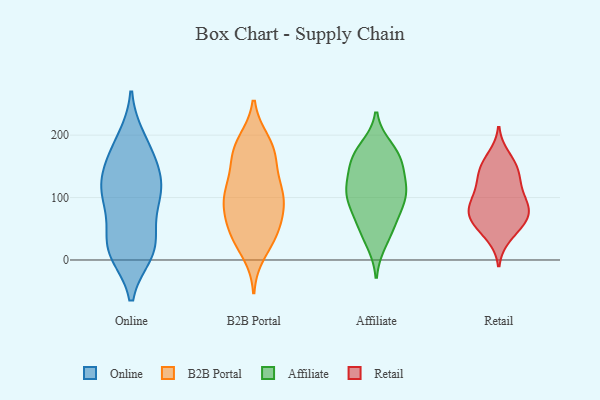
{"axis": {"x": "Gross Profit (USD K)", "y": "Value"}, "legend": ["Affiliate", "B2B Portal", "Online", "Retail"], "data": [{"x": "", "y": 14, "type": "Online"}, {"x": "", "y": 11, "type": "Online"}, {"x": "", "y": 13, "type": "Online"}, {"x": "", "y": 194, "type": "Online"}, {"x": "", "y": 187, "type": "Online"}, {"x": "", "y": 39, "type": "Online"}, {"x": "", "y": 104, "type": "Online"}, {"x": "", "y": 115, "type": "Online"}, {"x": "", "y": 16, "type": "Online"}, {"x": "", "y": 95, "type": "Online"}, {"x": "", "y": 152, "type": "Online"}, {"x": "", "y": 35, "type": "Online"}, {"x": "", "y": 131, "type": "Online"}, {"x": "", "y": 165, "type": "Online"}, {"x": "", "y": 89, "type": "Online"}, {"x": "", "y": 138, "type": "Online"}, {"x": "", "y": 106, "type": "Online"}, {"x": "", "y": 43, "type": "B2B Portal"}, {"x": "", "y": 93, "type": "B2B Portal"}, {"x": "", "y": 115, "type": "B2B Portal"}, {"x": "", "y": 172, "type": "B2B Portal"}, {"x": "", "y": 154, "type": "B2B Portal"}, {"x": "", "y": 40, "type": "B2B Portal"}, {"x": "", "y": 65, "type": "B2B Portal"}, {"x": "", "y": 106, "type": "B2B Portal"}, {"x": "", "y": 12, "type": "B2B Portal"}, {"x": "", "y": 46, "type": "B2B Portal"}, {"x": "", "y": 106, "type": "B2B Portal"}, {"x": "", "y": 104, "type": "B2B Portal"}, {"x": "", "y": 176, "type": "B2B Portal"}, {"x": "", "y": 98, "type": "B2B Portal"}, {"x": "", "y": 154, "type": "B2B Portal"}, {"x": "", "y": 190, "type": "B2B Portal"}, {"x": "", "y": 38, "type": "B2B Portal"}, {"x": "", "y": 187, "type": "B2B Portal"}, {"x": "", "y": 81, "type": "B2B Portal"}, {"x": "", "y": 169, "type": "Affiliate"}, {"x": "", "y": 108, "type": "Affiliate"}, {"x": "", "y": 111, "type": "Affiliate"}, {"x": "", "y": 124, "type": "Affiliate"}, {"x": "", "y": 113, "type": "Affiliate"}, {"x": "", "y": 29, "type": "Affiliate"}, {"x": "", "y": 76, "type": "Affiliate"}, {"x": "", "y": 153, "type": "Affiliate"}, {"x": "", "y": 46, "type": "Affiliate"}, {"x": "", "y": 106, "type": "Affiliate"}, {"x": "", "y": 162, "type": "Affiliate"}, {"x": "", "y": 179, "type": "Affiliate"}, {"x": "", "y": 60, "type": "Affiliate"}, {"x": "", "y": 161, "type": "Affiliate"}, {"x": "", "y": 88, "type": "Affiliate"}, {"x": "", "y": 83, "type": "Retail"}, {"x": "", "y": 37, "type": "Retail"}, {"x": "", "y": 123, "type": "Retail"}, {"x": "", "y": 78, "type": "Retail"}, {"x": "", "y": 64, "type": "Retail"}, {"x": "", "y": 65, "type": "Retail"}, {"x": "", "y": 147, "type": "Retail"}, {"x": "", "y": 91, "type": "Retail"}, {"x": "", "y": 166, "type": "Retail"}, {"x": "", "y": 141, "type": "Retail"}, {"x": "", "y": 103, "type": "Retail"}, {"x": "", "y": 126, "type": "Retail"}, {"x": "", "y": 154, "type": "Retail"}, {"x": "", "y": 45, "type": "Retail"}, {"x": "", "y": 70, "type": "Retail"}, {"x": "", "y": 100, "type": "Retail"}, {"x": "", "y": 69, "type": "Retail"}]}